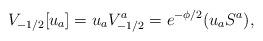
LaTeX: \begin{align*}V_{-1/2}[u_a]=u_aV^a_{-1/2}=e^{-\phi/2}(u_aS^a),\end{align*}